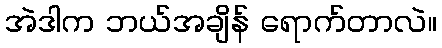
အဲဒါက ဘယ်အချိန် ရောက်တာလဲ။